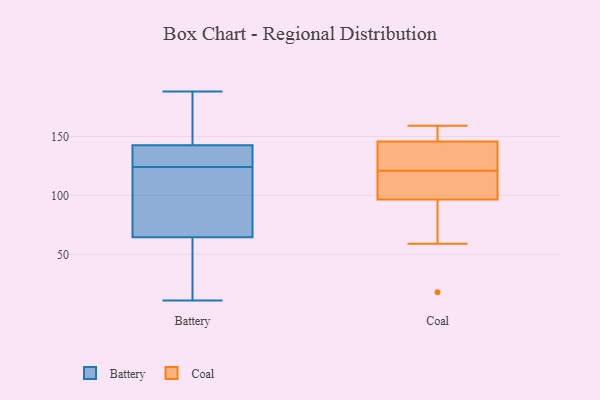
{"axis": {"x": "Churn Rate (%)", "y": "Value"}, "legend": ["Battery", "Coal"], "data": [{"x": "", "y": 131, "type": "Battery"}, {"x": "", "y": 141, "type": "Battery"}, {"x": "", "y": 62, "type": "Battery"}, {"x": "", "y": 72, "type": "Battery"}, {"x": "", "y": 188, "type": "Battery"}, {"x": "", "y": 29, "type": "Battery"}, {"x": "", "y": 143, "type": "Battery"}, {"x": "", "y": 87, "type": "Battery"}, {"x": "", "y": 124, "type": "Battery"}, {"x": "", "y": 11, "type": "Battery"}, {"x": "", "y": 154, "type": "Battery"}, {"x": "", "y": 116, "type": "Coal"}, {"x": "", "y": 126, "type": "Coal"}, {"x": "", "y": 121, "type": "Coal"}, {"x": "", "y": 150, "type": "Coal"}, {"x": "", "y": 18, "type": "Coal"}, {"x": "", "y": 133, "type": "Coal"}, {"x": "", "y": 155, "type": "Coal"}, {"x": "", "y": 113, "type": "Coal"}, {"x": "", "y": 159, "type": "Coal"}, {"x": "", "y": 91, "type": "Coal"}, {"x": "", "y": 59, "type": "Coal"}]}